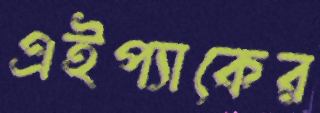
এইপ্যাকের